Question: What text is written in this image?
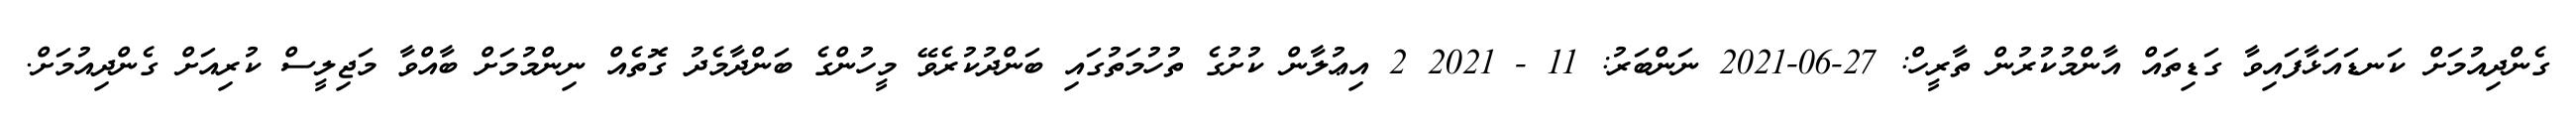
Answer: ގެންދިއުމަށް ކަނޑައަޅާފައިވާ ގަޑިތައް އާންމުކުރުން ތާރީހް: 27-06-2021 ނަންބަރު: 11 - 2021 2 އިޢުލާން ކުށުގެ ތުހުމަތުގައި ބަންދުކުރެވޭ މީހުންގެ ބަންދާމެދު ގޮތެއް ނިންމުމަށް ބާއްވާ މަޖިލީސް ކުރިއަށް ގެންދިއުމަށް.